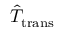
\hat { T } _ { \mathrm { t r a n s } }